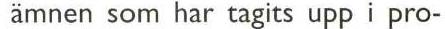
ämnen som har tagits upp i pro-